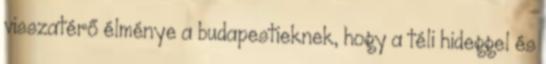
visszatérő élménye a budapestieknek, hogy a téli hideggel és